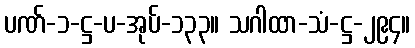
ပဏ်-၁-ဋ္ဌ-ပ-အုပ်-၁၃၃။ သဂါထာ-သံ-ဋ္ဌ-၂၉၄။